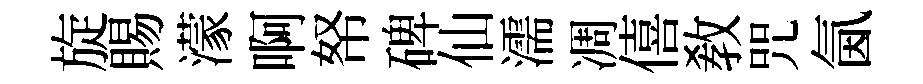
旋賜濛啊帑碑仙濡凋僖教咒氤